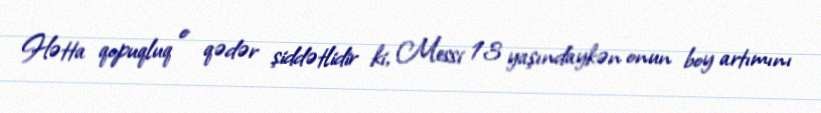
Hətta qopuqluq o qədər şiddətlidir ki, Messi 13 yaşındaykən onun boy artımını